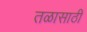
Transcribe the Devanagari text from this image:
तळासाठी